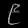
Digit: ၉